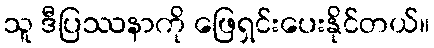
သူ ဒီပြဿနာကို ဖြေရှင်းပေးနိုင်တယ်။